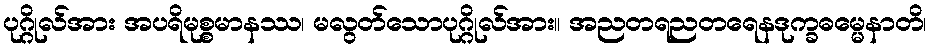
ပုဂ္ဂိုလ်အား အပရိမုစ္စမာနဿ၊ မလွတ်သောပုဂ္ဂိုလ်အား။ အညတရညတရေနဒုက္ခဓမ္မေနာတိ၊